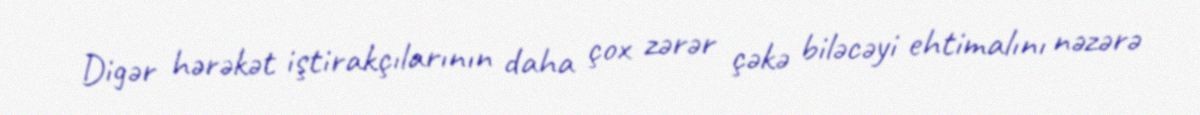
Digər hərəkət iştirakçılarının daha çox zərər çəkə biləcəyi ehtimalını nəzərə